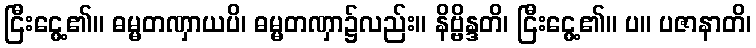
ငြီးငွေ့၏။ ဓမ္မတဏှာယပိ၊ ဓမ္မတဏှာ၌လည်း။ နိဗ္ဗိန္ဒတိ၊ ငြီးငွေ့၏။ ပ။ ပဇာနာတိ၊